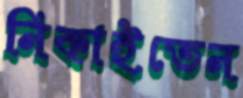
নিকাইতেন